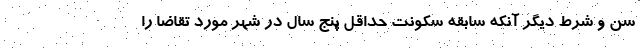
سن و شرط دیگر آنکه سابقه سکونت حداقل پنج سال در شهر مورد تقاضا را